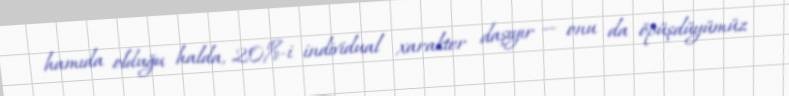
hamıda olduğu halda, 20%-i individual xarakter daşıyır — onu da öpüşdüyümüz